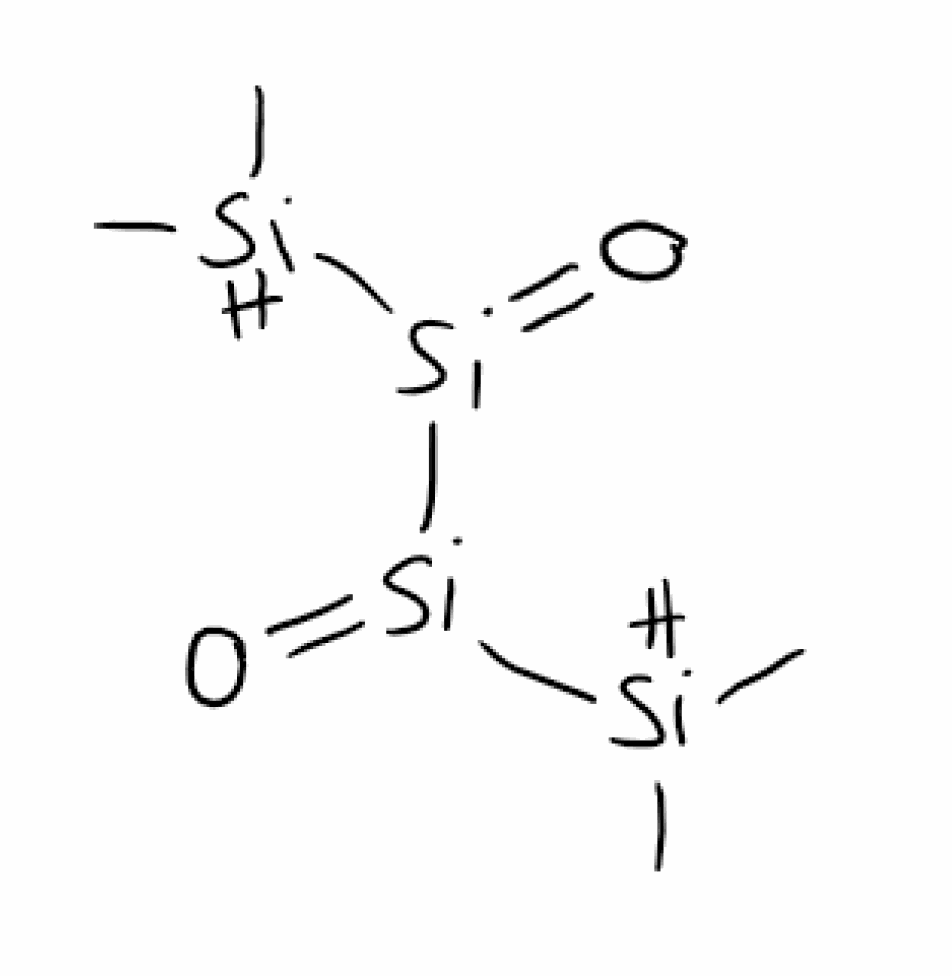
Simplified molecular-input line-entry system (SMILES) notation of the given molecule:
C[SiH](C)[Si](=O)[Si](=O)[SiH](C)C